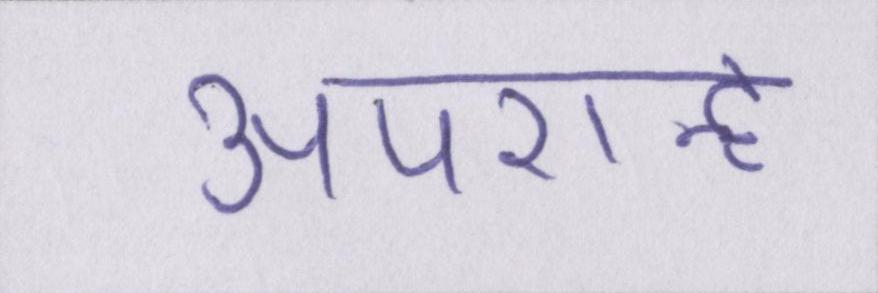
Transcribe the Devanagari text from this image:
अपरान्ह